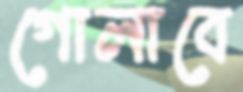
গোলাবে